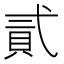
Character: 貳